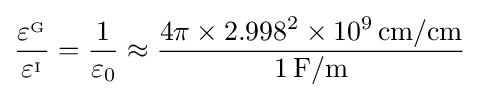
{\frac {\varepsilon ^{_{\mathrm {G} }}}{\varepsilon ^{_{\mathrm {I} }}}}={\frac {1}{\varepsilon _{0}}}\approx {\frac {4\pi \times 2.998^{2}\times 10^{9}\,\mathrm {cm/cm} }{1\,\mathrm {F/m} }}